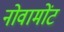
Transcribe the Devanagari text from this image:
नोवामोंट